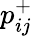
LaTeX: p_{ij}^{+}